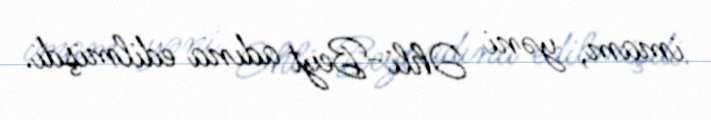
imam, yəni Əhli-Beyt adına edilmişdi.